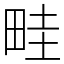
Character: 畦